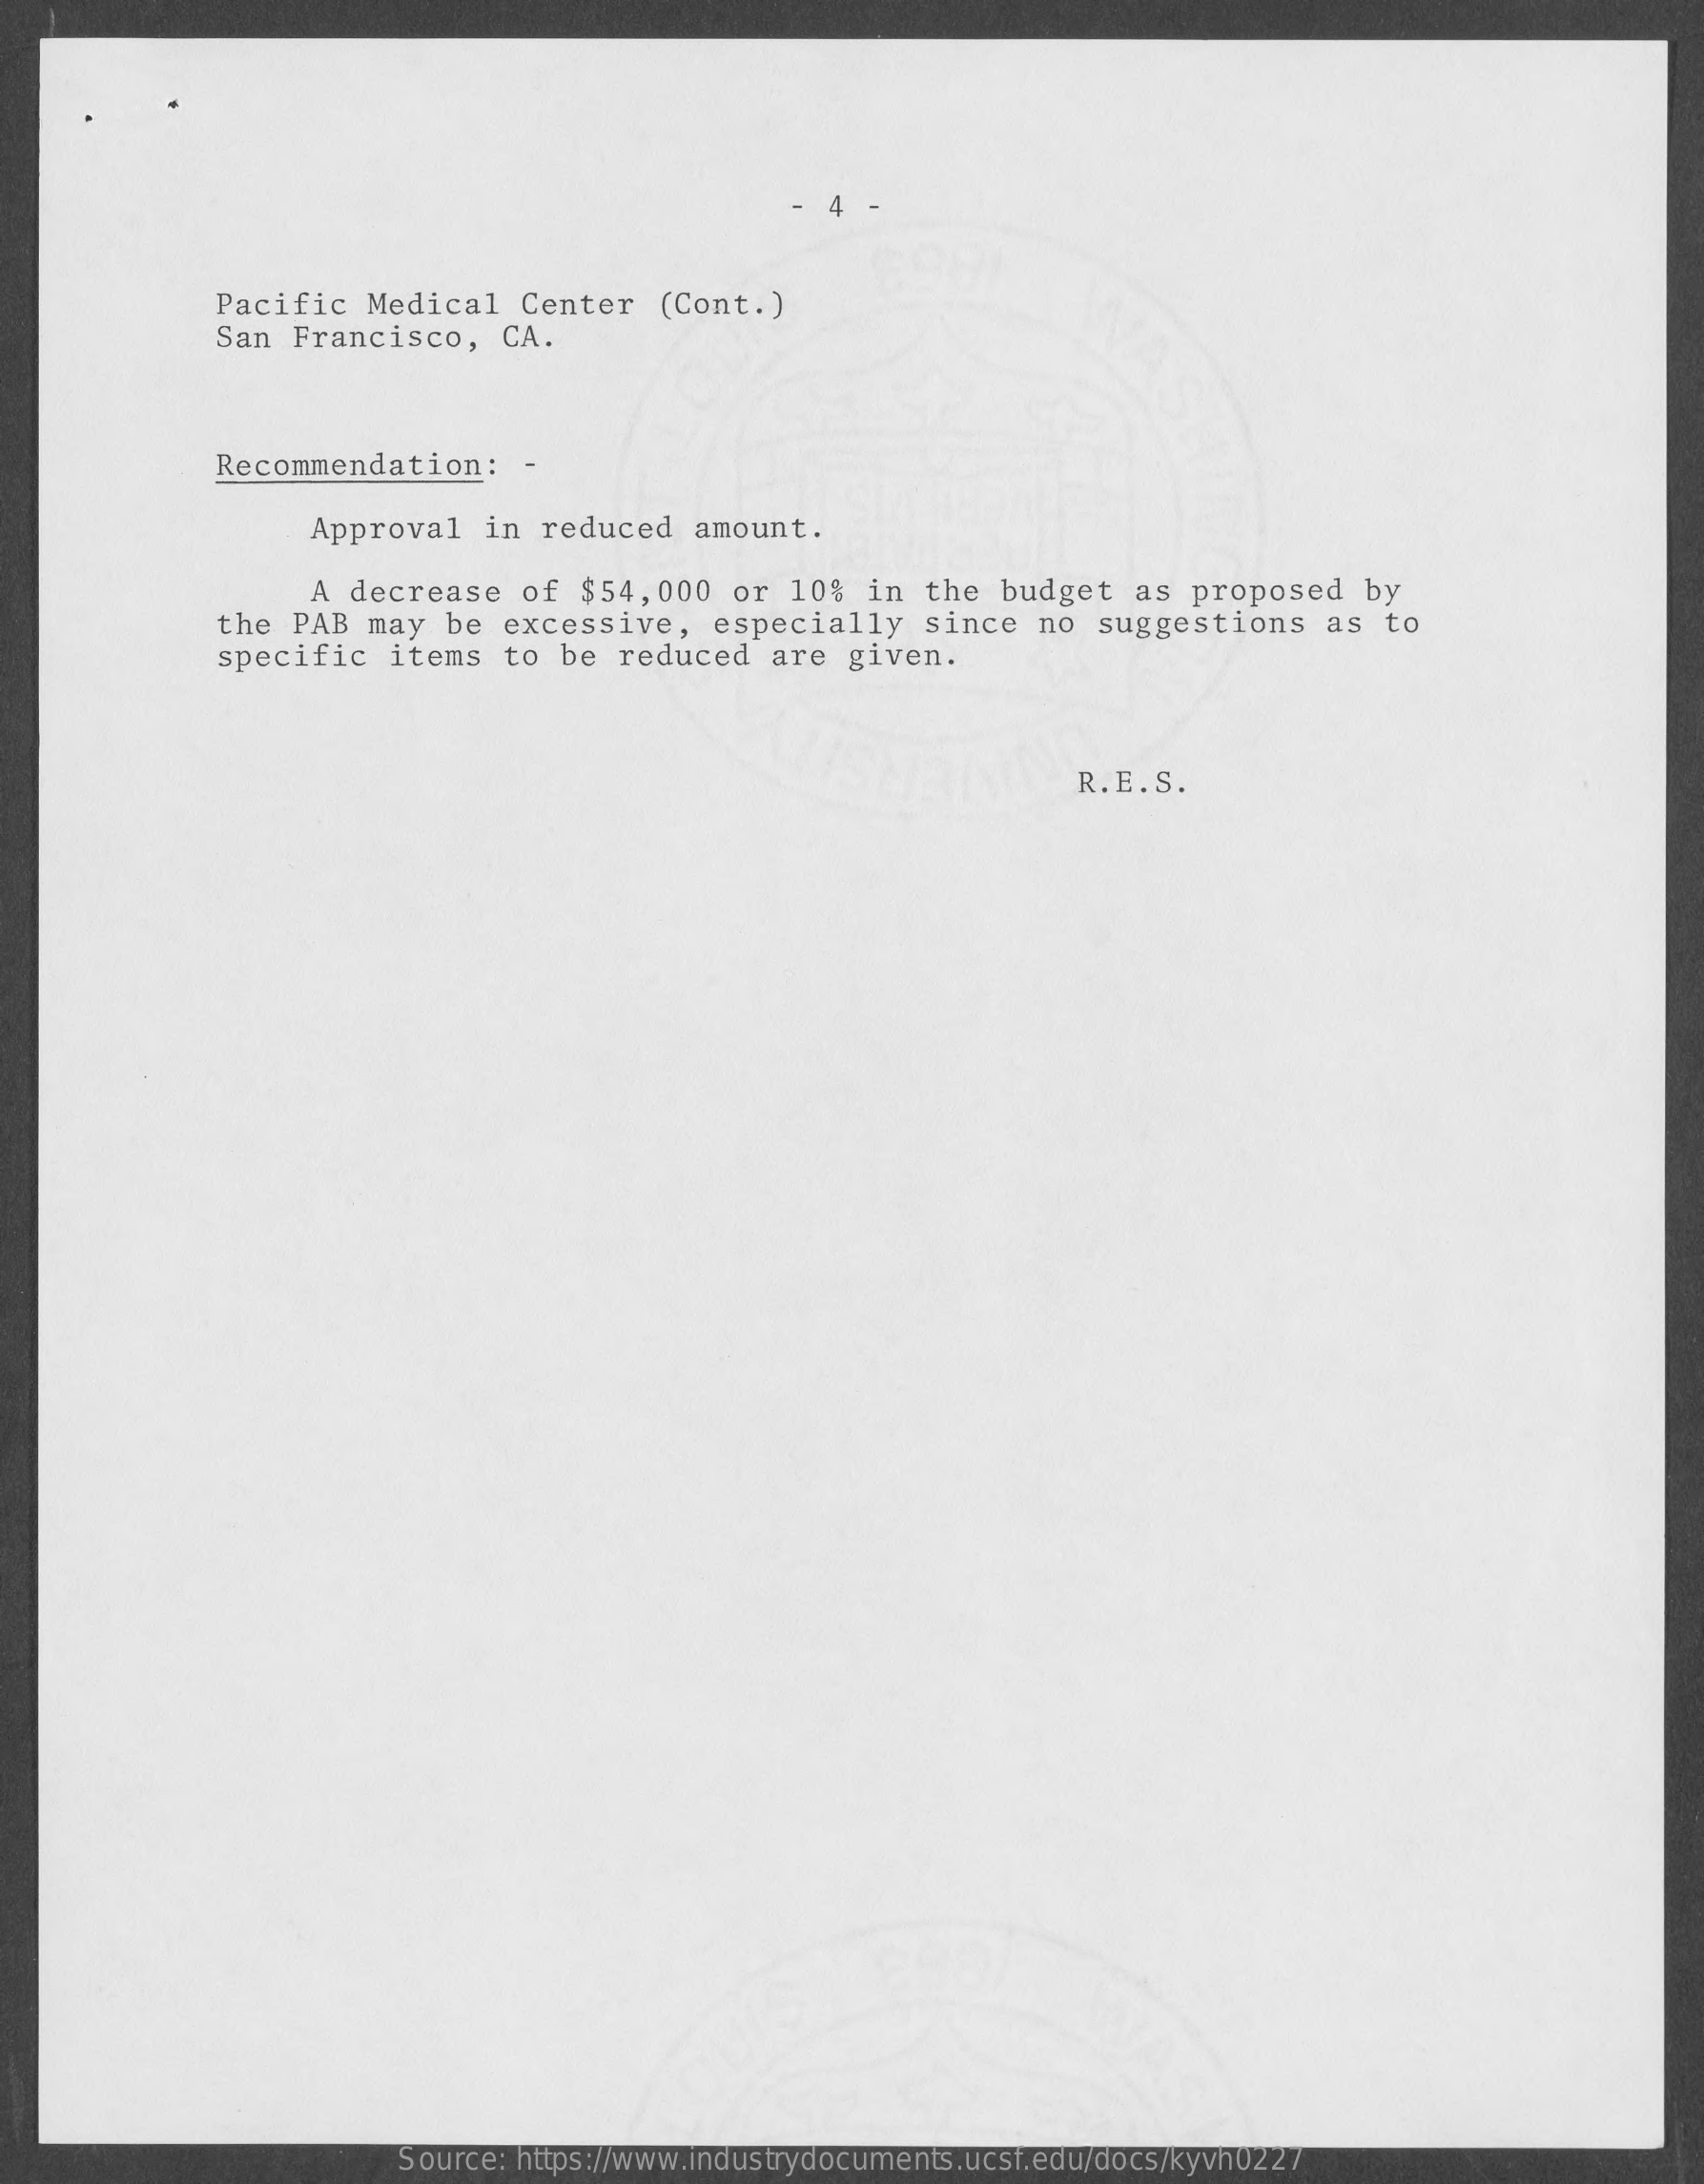
Pacific   Medical   Center   (Cont.)
     San  Francisco,    CA.
     Recommendation:    -
     Approval   in reduced   amount.
     A  decrease   of  $54, 000  or 10%   in the  budget   as  proposed   by
     the  PAB  may  be  excessive,   especially    since   no  suggestions   as  to
     specific   items   to be  reduced   are  given.
     R.E.S.
     Source: https://www.industrydocuments.ucsf.edu/docs/kyvh0227